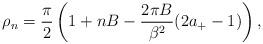
LaTeX: \begin{align*}\rho_n=\frac{\pi}{2}\left(1+nB -\frac{2\pi B}{\beta^2} (2a_+ -1)\right),\end{align*}